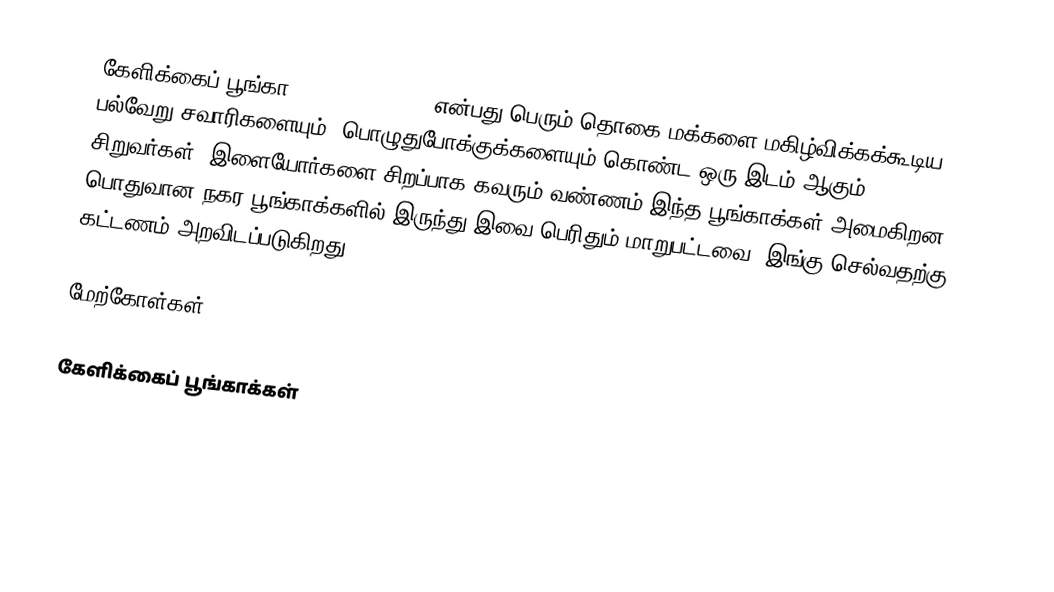
கேளிக்கைப் பூங்கா (Amusement park) என்பது பெரும் தொகை மக்களை மகிழ்விக்கக்கூடிய பல்வேறு சவாரிகளையும், பொழுதுபோக்குக்களையும் கொண்ட ஒரு இடம் ஆகும். சிறுவர்கள், இளையோர்களை சிறப்பாக கவரும் வண்ணம் இந்த பூங்காக்கள் அமைகிறன. பொதுவான நகர பூங்காக்களில் இருந்து இவை பெரிதும் மாறுபட்டவை. இங்கு செல்வதற்கு கட்டணம் அறவிடப்படுகிறது.

மேற்கோள்கள்

கேளிக்கைப் பூங்காக்கள்